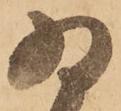
為